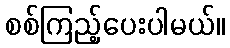
စစ်ကြည့်ပေးပါမယ်။